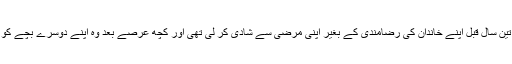
اس لڑکی نے قریب تین سال قبل اپنے خاندان کی رضامندی کے بغیر اپنی مرضی سے شادی کر لی تھی اور کچھ عرصے بعد وہ اپنے دوسرے بچے کو جنم دینے والی تھی۔